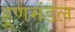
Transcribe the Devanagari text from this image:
हूणमंडल